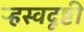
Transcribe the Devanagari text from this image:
ऱ्हस्वदृष्टी